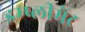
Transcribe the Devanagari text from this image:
इम्प्लीमेंट